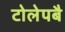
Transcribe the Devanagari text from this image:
टोलेपबै